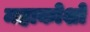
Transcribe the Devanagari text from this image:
महाकोशो